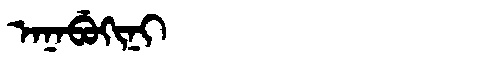
Manchu: ᠠᠨᠠᠪᡠᡴᡳᠨᡳ
Romanization: ANABUKINI